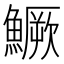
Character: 鱖